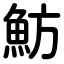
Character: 魴